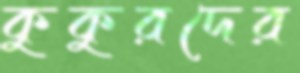
কুকুরদের